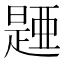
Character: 𣊰